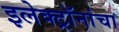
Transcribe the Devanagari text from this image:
इलेक्ट्रॉनांचा